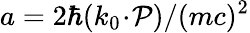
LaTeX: a=2\hbar(k_{0}\! \cdot\! \mathcal{P})/(mc)^{2}